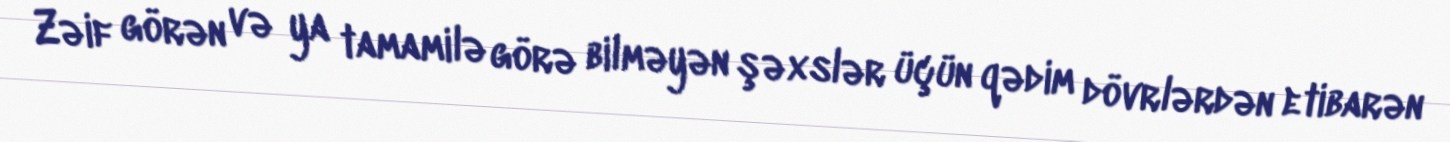
Zəif görən və ya tamamilə görə bilməyən şəxslər üçün qədim dövrlərdən etibarən